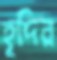
হূদির